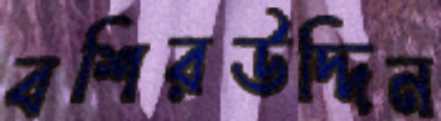
বশিরউদ্দিন